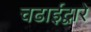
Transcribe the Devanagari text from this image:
चढाईद्वारे